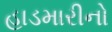
હાડમારીનો